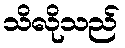
သိလိုသည်